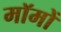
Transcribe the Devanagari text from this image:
मॉमों